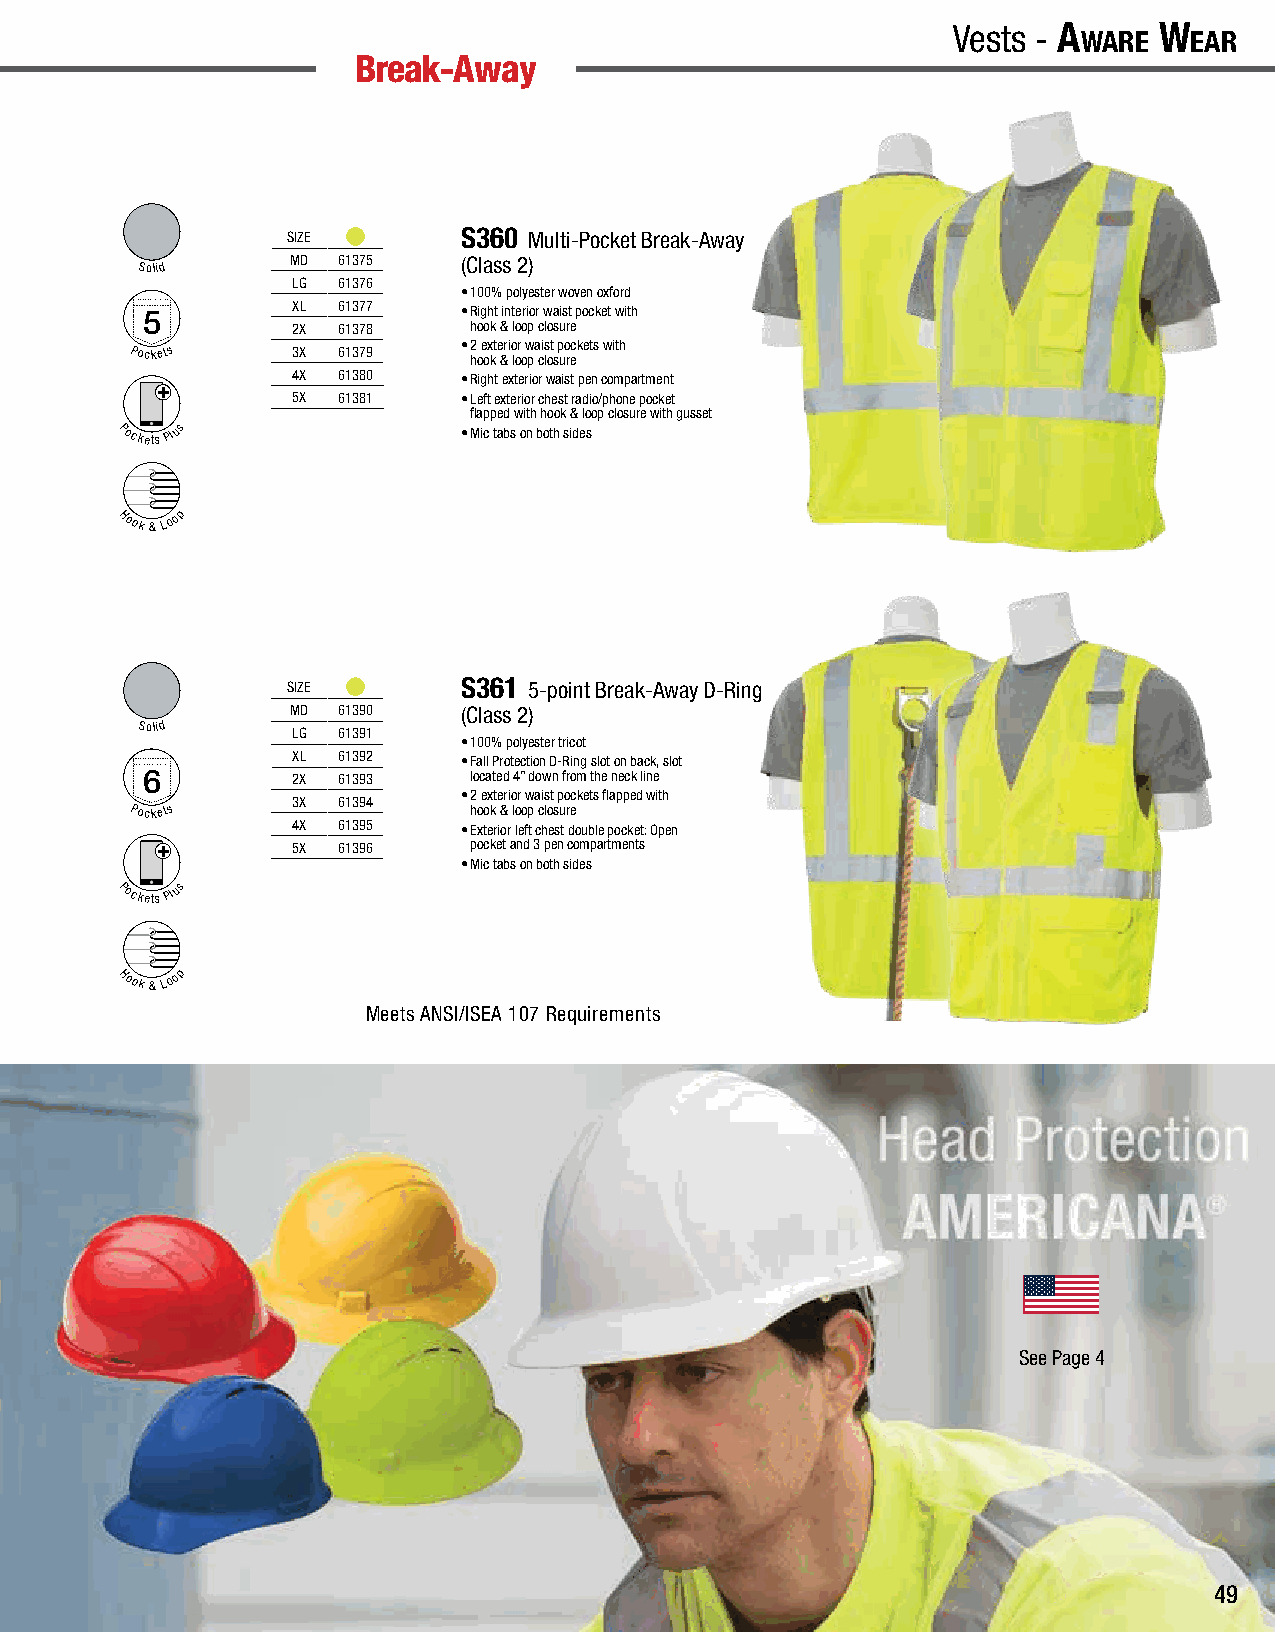
A
 wAre
 w
 eAr
 - Vests | Break-Away                                           Vests - A
 wAre
 w
 eAr
 Break-Away
 SIZE        S360 Multi-Pocket Break-Away
 Solid     MD 61375    (Class 2)
 LG 61376
 • 100% polyester woven oxford
 5         XL 61377    • Right interior waist pocket with
 2X 61378    hook & loop closure
 Pockets   3X 61379    • 2
 ho
 e ox kt e &ri o lor
 o
 w
 p
 a ci ls ot
 s
 p uo reckets with
 4X 61380    • Right exterior waist pen compartment
 5X 61381    • Left exterior chest radio/phone pocket
 flapped with hook & loop closure with gusset
 Pockets Plus           • Mic tabs on both sides
 Hook
 &
 Loop
 SIZE        S361 5-point Break-Away D-Ring
 MD 61390    (Class 2)
 Solid
 LG 61391
 • 100% polyester tricot
 XL 61392    • Fall Protection D-Ring slot on back, slot
 6         2X 61393    located 4” down from the neck line
 • 2 exterior waist pockets flapped with
 3X 61394
 Pockets               hook & loop closure
 4X 61395    • Exterior left chest double pocket: Open
 5X 61396    pocket and 3 pen compartments
 • Mic tabs on both sides
 Pockets Plus
 Hook
 &
 Loop
 Meets ANSI/ISEA 107 Requirements
 See Page 4
 49